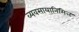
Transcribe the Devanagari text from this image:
व्यवसायानिमित्त